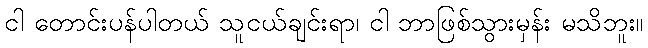
ငါ တောင်းပန်ပါတယ် သူငယ်ချင်းရာ၊ ငါ ဘာဖြစ်သွားမှန်း မသိဘူး။